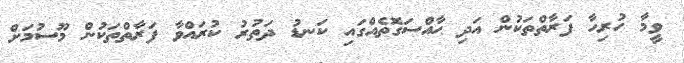
ވީމާ ހުރިހާ ފަރާތްތަކުން އަދި ޙާއްސަގޮތެއްގައި ކަނޑު ދަތުރު ކުރައްވާ ފަރާތްތަކުން މޫސުމަށް